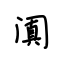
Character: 阗